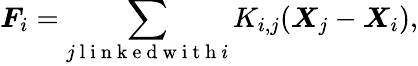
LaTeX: \boldsymbol F_{i}=\sum_{j\mathrm{~l~i~n~k~e~d~w~i~t~h~}i}K_{i,j}(\boldsymbol X_{j}-\boldsymbol X_{i}),